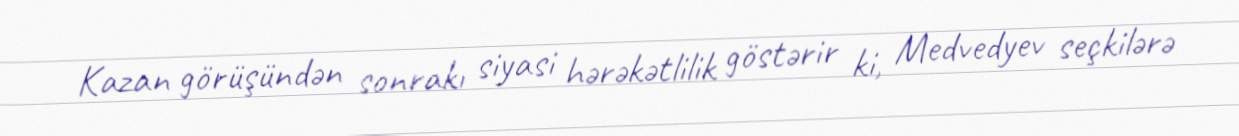
Kazan görüşündən sonrakı siyasi hərəkətlilik göstərir ki, Medvedyev seçkilərə